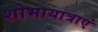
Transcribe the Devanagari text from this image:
शोभायात्राएं